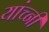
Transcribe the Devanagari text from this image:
यांच्नी